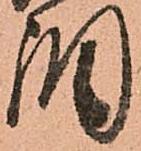
調